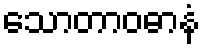
သောတာဝဓာနံ